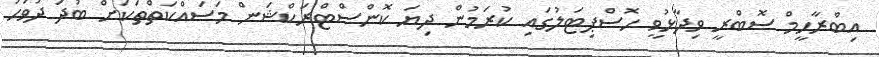
އިބްރާހީމް ސޮބްރީ ވިދާޅުވީ ހޮސްޕިޓަލުގައި ކުރަމުން ދިޔަ ކޮންސްޓްރަކްޝަން މަސައްކަތްތަކަށް ބުދަ ދުވަހު